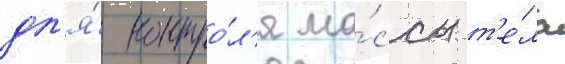
дл'я́ контро́л'я ма́ссы т'е́ла